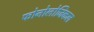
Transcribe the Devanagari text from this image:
फोनोलोजिकल